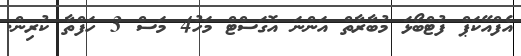
އެފްއޭކަޕް ފުޓްބޯޅަ މުބާރާތް އަންނަ އޮގަސްޓް މަހު4 މަސް 3 ހަފްތާ ކުރިން.